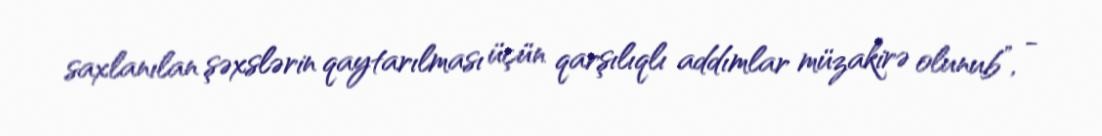
saxlanılan şəxslərin qaytarılması üçün qarşılıqlı addımlar müzakirə olunub”, -